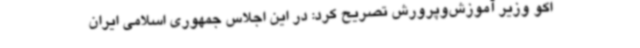
اکو وزیر آموزش‌وپرورش تصریح کرد: در این اجلاس جمهوری اسلامی ایران